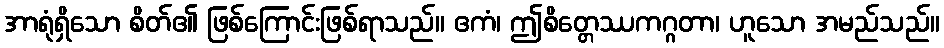
အာရုံရှိသော စိတ်၏ ဖြစ်ကြောင်းဖြစ်ရာသည်။ ဧကံ၊ ဤစိတ္တေဿကဂ္ဂတာ၊ ဟူသော အမည်သည်။